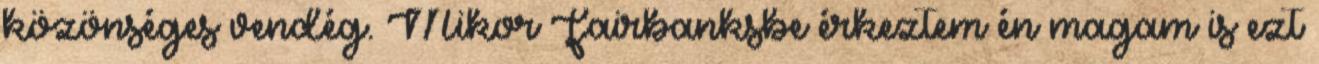
közönséges vendég. Mikor Fairbanksbe érkeztem én magam is ezt